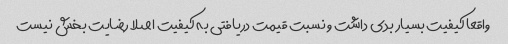
واقعا کیفیت بسیار بدی داشت و نسبت قیمت دریافتی به کیفیت اصلا رضایت بخش نیست